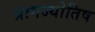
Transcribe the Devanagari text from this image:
प्रागज्योतिष